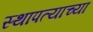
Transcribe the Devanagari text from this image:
स्थापत्याच्या